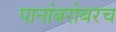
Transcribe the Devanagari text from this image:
पानांबरोबरच